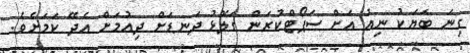
ގިނަ ބަޔަކު ނިއު އަށް ސަޕޯޓްކުރަން ގަލޮޅު ދަނޑަށް ދިއުމަށް އެދޭ ކަމަށެވެ.